Insane asylums in Bengal annual reports 1867-1875 - 1867-1875
Year: 1867
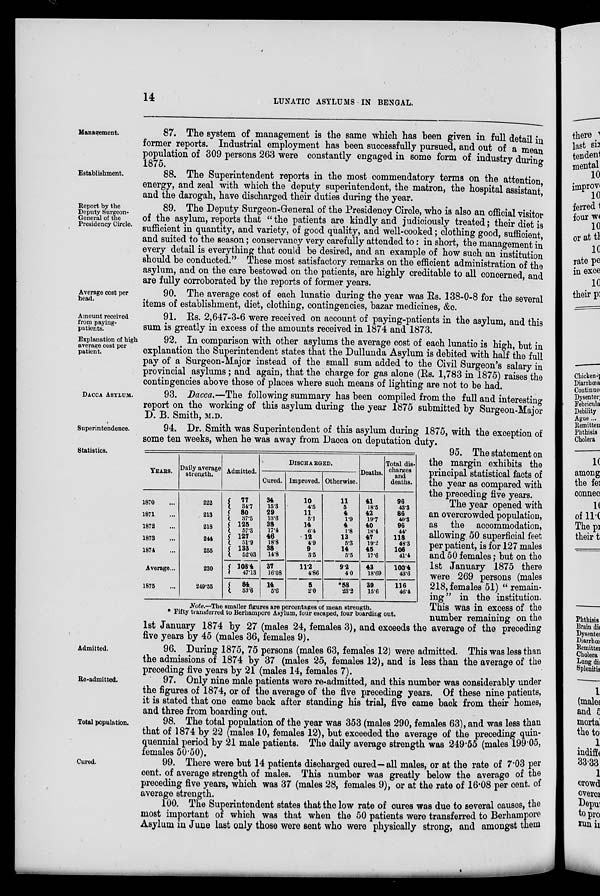
14
LUNATIC ASYLUMS IN BENGAL.
Management.
87. The system of management is the same which has been given in full detail in
former reports. Industrial employment has been successfully pursued, and out of a mean
population of 309 persons 263 were constantly engaged in some form of industry during
1875.
Establishment.
88. The Superintendent reports in the most commendatory terms on the attention
energy, and zeal with which the deputy superintendent, the matron, the hospital assistant,
and the darogah, have discharged their duties during the year.
Report by the
Deputy Surgeon-
General of the
Presidency Circle.
89. The Deputy Surgeon-General of the Presidency Circle, who is also an official visitor
of the asylum, reports that " the patients are kindly and judiciously treated; their diet is
sufficient in quantity, and variety, of good quality, and well-cooked; clothing good, sufficient,
and suited to the season; conservancy very carefully attended to: in short, the management in
every detail is everything that could be desired, and an example of how such an institution
should be conducted.'' These most satisfactory remarks on the efficient administration of the
asylum, and on the care bestowed on the patients, are highly creditable to all concerned, and
are fully corroborated by the reports of former years.
Average cost per
head.
90. The average cost of each lunatic during the year was Rs. 138-0-8 for the several
items of establishment, diet, clothing, contingencies, bazar medicines, &c.
Amount received
from paying-
patients.
91. Rs. 2,647-3-6 were received on account of paying-patients in the asylum, and this
sum is greatly in excess of the amounts received in 1874 and 1873.
Explanation of high
average cost per
patient.
92. In comparison with other asylums the average cost of each lunatic is high, but in
explanation the Superintendent states that the Dullunda Asylum is debited with half the full
pay of a Surgeon-Major instead of the small sum added to the Civil Surgeon's salary in
provincial asylums ; and again, that the charge for gas alone (Rs. 1,783 in 1875) raises the
contingencies above those of places where such means of lighting are not to be had.
DACCA ASYLUM.
93. Dacca.—The following summary has been compiled from the full and interesting
report on the working of this asylum during the year 1875 submitted by Surgeon-Major
D. B. Smith, M.D.
Superintendence.
94. Dr. Smith was Superintendent of this asylum during 1875, with the exception of
some ten weeks, when he was away from Dacca on deputation duty.
Statistics.
YEARS.
1870 ...
1871 ...
1872 ...
1873 ...
1874 ...
Average...
1875 ...
Daily average
strength.
222
213
218
244
255
230
249.55
Admitted.
77
34.7
80
37.5
125
57.3
127
51.9
133
52.03
108.4
47.13
84
33.6
DISCHARGED.
Cured.
34
15.3
29
13.6
38
17.4
46
18.8
38
14.8
37
16.08
14
5.6
Improved.
10
4.5
11
5.1
14
6.4
12
4.9
9
3.5
11.2
4.86
5
2.0
Otherwise.
11
5
4
1.9
4
1.8
13
5.3
14
5.5
9.2
4.0
*58
23.2
Deaths.
41
18.5
42
19.7
40
18.4
47
19.2
45
17.6
43
18.69
39
15.6
Total dis-
charges
and
deaths.
96
43.3
86
40.3
96
44
118
48.3
106
41.4
100.4
43.6
116
46.4
Note.—The smaller figures are percentages of mean strength.
* Fifty transferred to Berhampore Asylum, lour escaped, four boarding out.
95. The statement on
the margin exhibits the
principal statistical facts of
the year as compared with
the preceding five years.
The year opened with
an overcrowded population,
as the accommodation,
allowing 50 superficial feet
per patient, is for 127 males
and 50 females; but on the
1st January 1875 there
were 269 persons (males
218, females 51) " remain-
ing " in the institution.
This was in excess of the
number remaining on the
average of the preceding
1st January 1874 by 27 (males 24, females 3), and exceeds the
five years by 45 (males 36, females 9).
Admitted.
96. During 1875, 75 persons (males 63, females 12) were admitted. This was less than
the admissions of 1874 by 37 (males 25, females 12), and is less than the average of the
preceding five years by 21 (males 14, females 7).
Re-admitted.
97. Only nine male patients were re-admitted, and this number was considerably under
the figures of 1874, or of the average of the five preceding years. Of these nine patients,
it is stated that one came back after standing his trial, five came back from their homes,
and three from boarding out.
Total population.
98. The total population of the year was 353 (males 290, females 63), and was less than
that of 1874 by 22 (males 10, females 12), but exceeded the average of the preceding quin-
quennial period by 21 male patients. The daily average strength was 249.55 (males 199.05,
females 50.50).
Cured.
99. There were but 14 patients discharged cured—all males, or at the rate of 7.03 per
cent. of average strength of males. This number was greatly below the average of the
preceding five years, which was 37 (males 28, females 9), or at the rate of 16.08 per cent. of
average strength.
100. The Superintendent states that the low rate of cures was due to several causes, the
most important of which was that when the 50 patients were transferred to Berhampore
Asylum in June last only those were sent who were physically strong, and amongst them